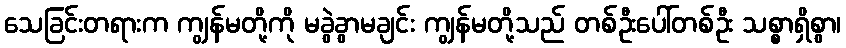
သေခြင်းတရားက ကျွန်မတို့ကို မခွဲခွာမချင်း ကျွန်မတို့သည် တစ်ဦးပေါ်တစ်ဦး သစ္စာရှိစွာ၊